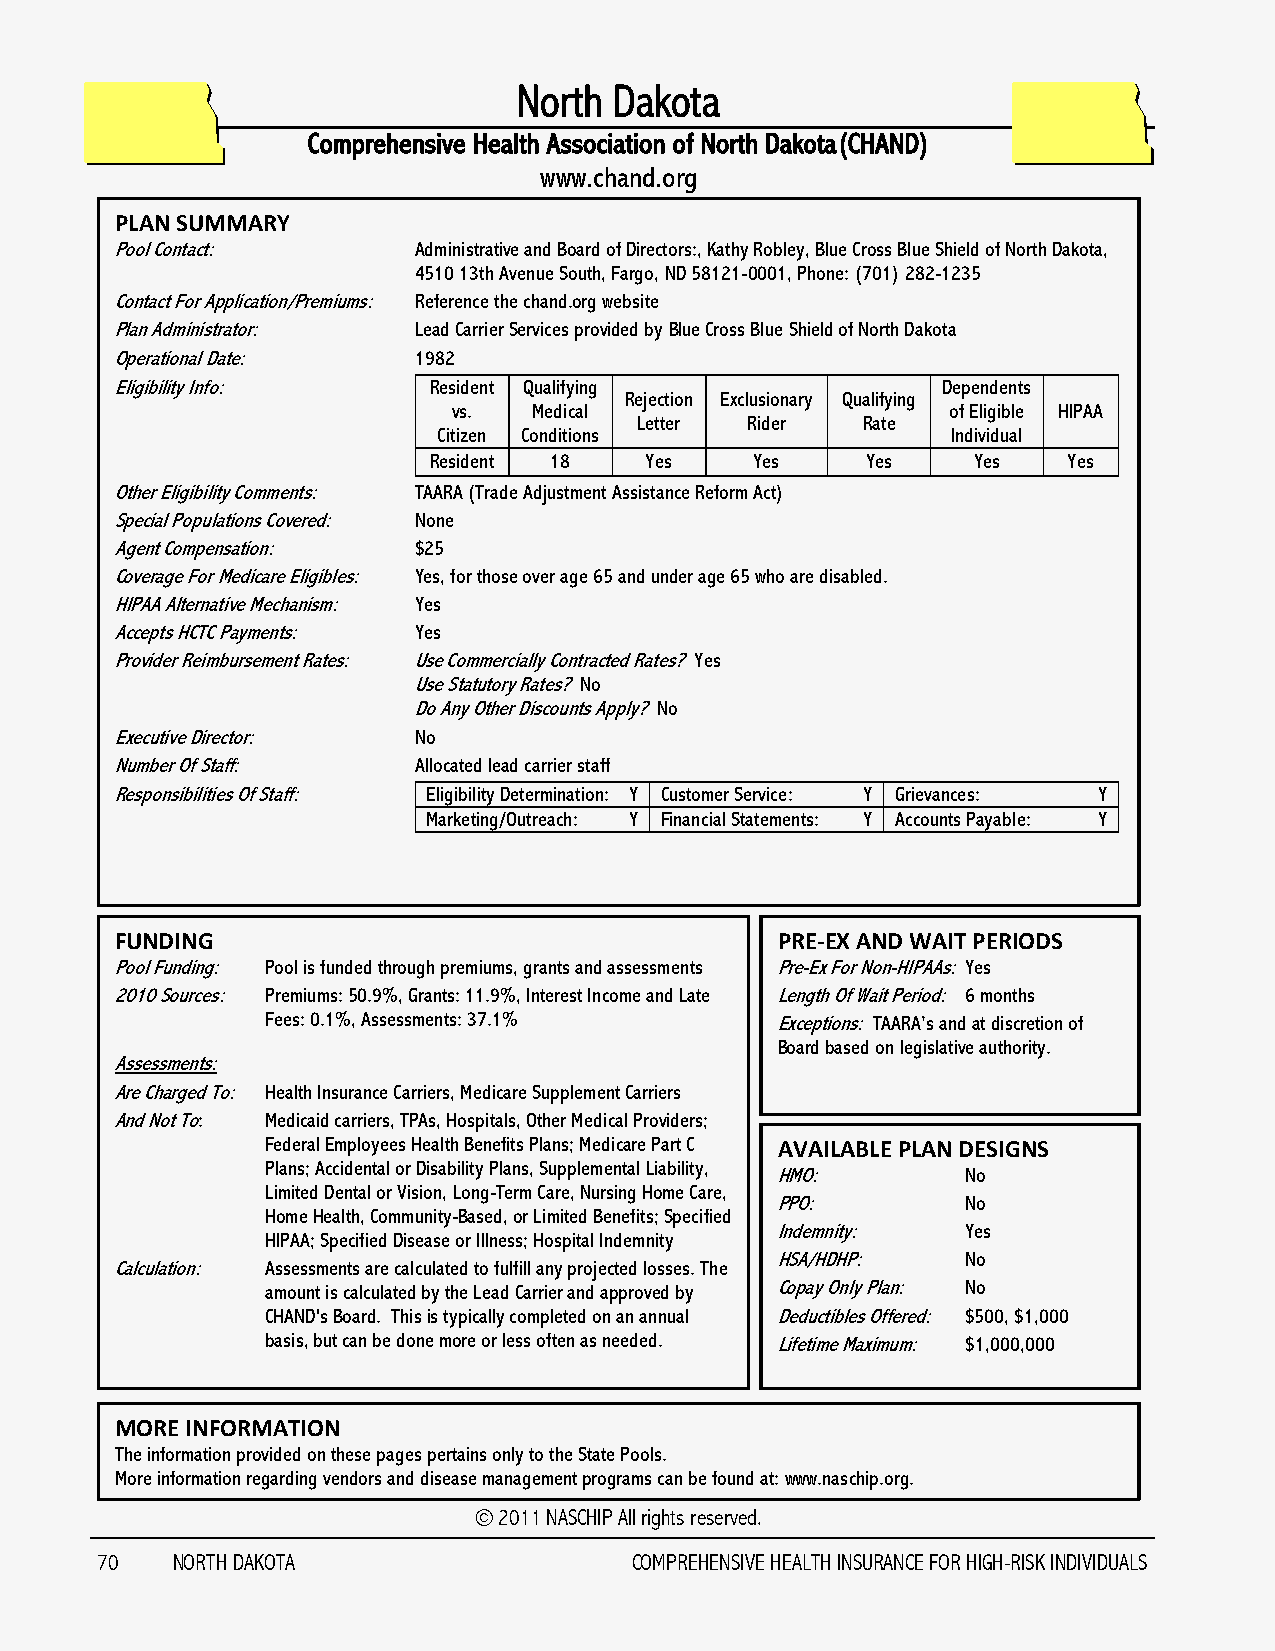
North  Dakota
 Comprehensive Health Association of North Dakota(CHAND)
 www.chand.org
 PLAN SUMMARY
 Pool Contact:      Administrative and Board of Directors:, Kathy Robley, Blue Cross Blue Shield of North Dakota,
 4510 13th Avenue South, Fargo, ND 58121-0001, Phone: (701) 282-1235
 Contact For Application/Premiums: Reference the chand.org website
 Plan Administrator: Lead Carrier Services provided by Blue Cross Blue Shield of North Dakota
 Operational Date:  1982
 Eligibility Info:   Resident Qualifying               Dependents
 Rejection Exclusionary Qualifying
 vs.  Medical                     of Eligible HIPAA
 Letter Rider   Rate
 Citizen Conditions                Individual
 Resident 18    Yes    Yes    Yes    Yes    Yes
 Other Eligibility Comments: TAARA (Trade Adjustment Assistance Reform Act)
 Special Populations Covered: None
 Agent Compensation: $25
 Coverage For Medicare Eligibles: Yes, for those over age 65 and under age 65 who are disabled.
 HIPAA Alternative Mechanism: Yes
 Accepts HCTC Payments: Yes
 Provider Reimbursement Rates: Use Commercially Contracted Rates? Yes
 Use Statutory Rates? No
 Do Any Other Discounts Apply? No
 Executive Director: No
 Number Of Staff:   Allocated lead carrier staff
 Responsibilities Of Staff: Eligibility Determination: Y Customer Service: Y Grievances: Y
 Marketing/Outreach: Y Financial Statements: Y Accounts Payable: Y
 FUNDING                                    PRE-EX AND WAIT PERIODS
 Pool Funding: Pool is funded through premiums, grants and assessments Pre-Ex For Non-HIPAAs: Yes
 2010 Sources: Premiums: 50.9%, Grants: 11.9%, Interest Income and Late Length Of Wait Period: 6 months
 Fees: 0.1%, Assessments: 37.1%   Exceptions: TAARA‟s and at discretion of
 Board based on legislative authority.
 Assessments:
 Are Charged To: Health Insurance Carriers, Medicare Supplement Carriers
 And Not To: Medicaid carriers, TPAs, Hospitals, Other Medical Providers;
 Federal Employees Health Benefits Plans; Medicare Part C AVAILABLE PLAN DESIGNS
 Plans; Accidental or Disability Plans, Supplemental Liability,
 HMO:         No
 Limited Dental or Vision, Long-Term Care, Nursing Home Care,
 PPO:         No
 Home Health, Community-Based, or Limited Benefits; Specified
 Indemnity:   Yes
 HIPAA; Specified Disease or Illness; Hospital Indemnity
 HSA/HDHP:    No
 Calculation: Assessments are calculated to fulfill any projected losses. The
 amount is calculated by the Lead Carrier and approved by Copay Only Plan: No
 CHAND's Board. This is typically completed on an annual Deductibles Offered: $500, $1,000
 basis, but can be done more or less often as needed. Lifetime Maximum: $1,000,000
 MORE INFORMATION
 The information provided on these pages pertains only to the State Pools.
 More information regarding vendors and disease management programs can be found at: www.naschip.org.
 © 2011 NASCHIP All rights reserved.
 70   NORTH DAKOTA                   COMPREHENSIVE HEALTH INSURANCE FOR HIGH-RISK INDIVIDUALS